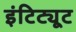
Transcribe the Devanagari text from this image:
इंटिट्यूट